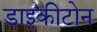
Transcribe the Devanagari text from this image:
डाइकीटोन